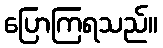
ပြောကြရသည်။